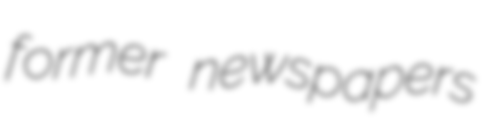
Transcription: former newspapers